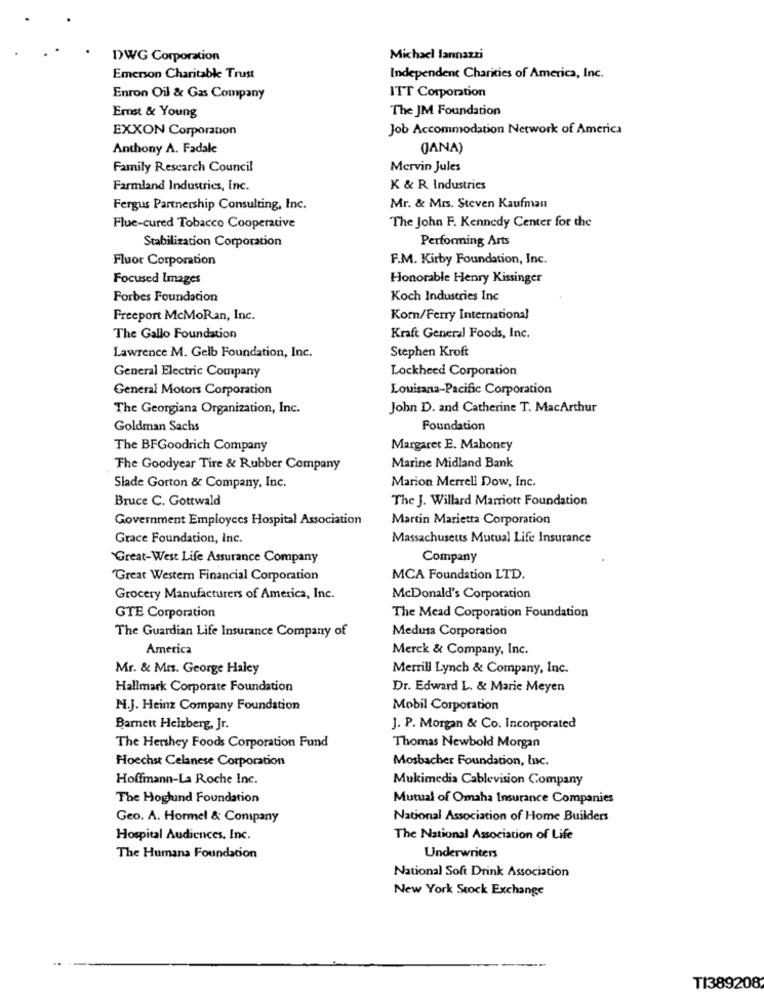
DWG Corporation
Michael lannazzi
Emerson Charitable Trust
Independent Charities of America, Inc.
Enron Oil & Gas Company
ITT Corporation
Ernst & Young
The JM Foundation
EXXON Corporation
Job Accommodation Network of America
Anthony A. Fadale
(ANA)
Family Research Council
Mervin Jules
Farmland Industries, Inc.
K & R Industries
Fergus Partnership Consulting, Inc.
Mr. & Mrs. Steven Kaufman
The John F. Kennedy Center for the
Flue-cured Tobacco Cooperative
Stabilization Corporation
Performing Arts
Fluor Corporation
F.M. Kirby Foundation, Inc.
Focused Images
Honorable Henry Kissinger
Forbes Foundation
Koch Industries Inc
Freeport McMoRan, Inc.
Korn/Ferry International
The Gallo Foundation
Kraft General Foods, Inc.
Stephen Kroft
Lawrence M. Gelb Foundation, Inc.
General Electric Company
Lockheed Corporation
General Motors Corporation
Louisana-Pacific Corporation
The Georgiana Organization, Inc.
John D. and Catherine T. MacArthur
Goldman Sachs
Foundation
The BFGoodrich Company
Margaret E. Mahoney
Marine Midland Bank
The Goodyear Tire & Rubber Company
Marion Merrell Dow, Inc.
Slade Gorton & Company, Inc.
Bruce C. Gottwald
The J. Willard Marriott Foundation
Government Employees Hospital Association
Martin Marietta Corporation
Grace Foundation, Inc.
Massachusetts Mutual Life Insurance
Great-West Life Assurance Company
Company
Great Western Financial Corporation
MCA Foundation LTD.
Grocery Manufacturers of America, Inc.
McDonald's Corporation
GTE Corporation
The Mead Corporation Foundation
The Guardian Life Insurance Company of
Medusa Corporation
America
Merck & Company, Inc.
Mr. & Mrs. George Haley
Merrill Lynch & Company, Inc.
Hallmark Corporate Foundation
Dr. Edward L. & Marie Meyen
M.J. Heinz Company Foundation
Mobil Corporation
Barnett Helzberg, Jr.
J. P. Morgan & Co. Incorporated
The Hershey Foods Corporation Fund
Thomas Newbold Morgan
Hoechst Celanese Corporation
Mosbacher Foundation, Inc.
Hoffmann-La Roche Inc.
Mukimedia Cablevision Company
The Hoglund Foundation
Mutual of Omaha Insurance Companies
Geo. A. Hormel & Company
National Association of Home Builders
Hospital Audiences. Inc.
The National Association of Life
The Humana Foundation
Underwriters
National Soft Drink Association
New York Stock Exchange
TI389208